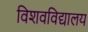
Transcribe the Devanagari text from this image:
विशवविद्यालय